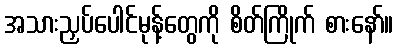
အသားညှပ်ပေါင်မုန့်တွေကို စိတ်ကြိုက် စားနော်။